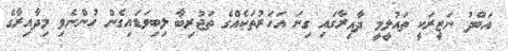
އަބްދު ނަޒީރަކީ ތައުލީމީ ދާއިރާގައި ގިނަ އަހަރުތަކެއްގެ ތަޖުރިބާ ލިބިވަޑައިގެން ހުންނެވި މިދާއިރާގެ